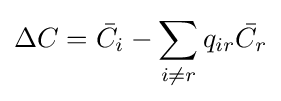
\Delta C={\bar {C_{i}}}-\sum _{i\neq r}q_{ir}{\bar {C_{r}}}